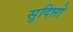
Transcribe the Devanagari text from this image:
सुदिप्तो